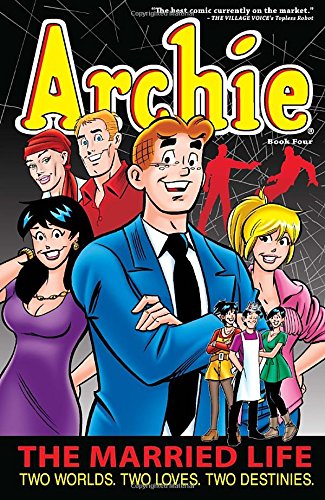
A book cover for Archie: The Married Life Book 4 (The Married Life Series); Paul Kupperberg; Comics & Graphic Novels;